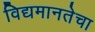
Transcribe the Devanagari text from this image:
विद्यमानतेचा